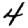
Digit: 4